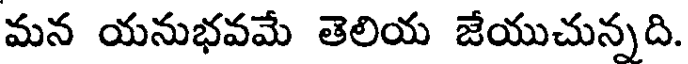
మన యనుభవమే తెలియ జేయుచున్నది.